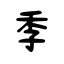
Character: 季